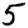
Digit: 5